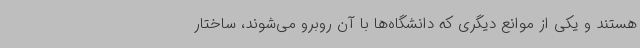
هستند و یکی از موانع دیگری که دانشگاه‌ها با آن روبرو می‌شوند، ساختار